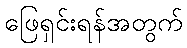
ဖြေရှင်းရန်အတွက်